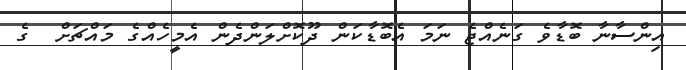
އިންސާނާ ބޮޑާވެ ގަނެއްޖެ ނަމަ އެބޮޑާކަން ދޫކޮށްލަންދެން އެމީހެއްގެ މައްޗަށް  ގެ